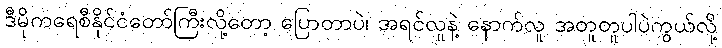
ဒီမိုကရေစီနိုင်ငံတော်ကြီးလို့တော့ ပြောတာပဲ၊ အရင်လူနဲ့ နောက်လူ အတူတူပါပဲကွယ်လို့